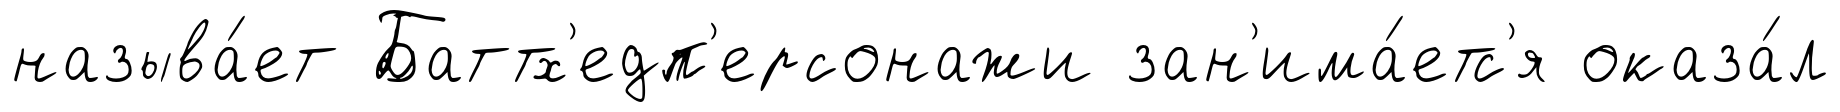
называ́ет Баттх'едп'ерсонажи зан'има́етс'я оказа́л